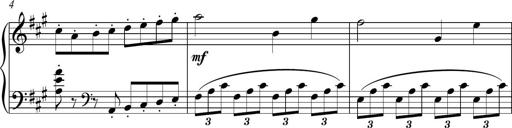
Title: Piano Sonatina in A major
Composer: Z Q Sysmoebius
Key: A major